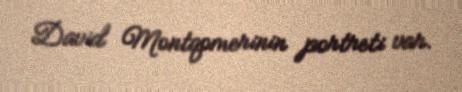
David Montqomerinin portreti var.